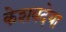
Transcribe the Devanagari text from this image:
केशवदेया